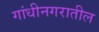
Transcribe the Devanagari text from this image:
गांधीनगरातील